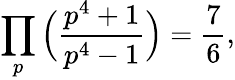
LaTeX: \prod_{p}{\Big(}{\frac{p^{4}+1}{p^{4}-1}}{\Big)}={\frac{7}{6}},